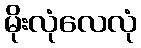
မိုးလုံလေလုံ